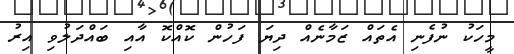
މީހަކު ނުފެނި އެތައް ޒަމާނެއް ދިޔަ ފަހުން ކޮއްކޮ އާއި ބައްދަލުވި އިރު